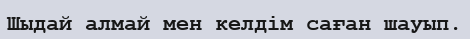
Шыдай алмай мен келдім саған шауып.